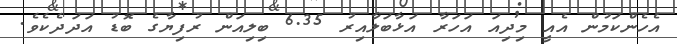
އެހެންކަމުން އެއީ މިދިއަ އަހަރާ އަޅާބަލާއިރު 6.35 ބިލިއަން ރުފިޔާގެ ބޮޑު އަދަދެކެވެ.